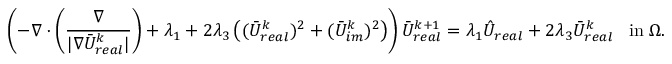
\left( - \nabla \cdot \left( \frac { \nabla } { | \nabla \bar { U } _ { r e a l } ^ { k } | } \right) + \lambda _ { 1 } + 2 \lambda _ { 3 } \left( ( \bar { U } _ { r e a l } ^ { k } ) ^ { 2 } + ( \bar { U } _ { i m } ^ { k } ) ^ { 2 } \right) \right) \bar { U } _ { r e a l } ^ { k + 1 } = \lambda _ { 1 } \hat { U } _ { r e a l } + 2 \lambda _ { 3 } \bar { U } _ { r e a l } ^ { k } \; \; \; \mathrm { i n } \; \Omega .